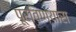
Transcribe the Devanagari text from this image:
पूरविण्यास